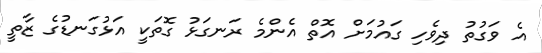
އެ ވަގުތު ދިވެހި ގައުމަށް އޮތް އެންމެ ރަނގަޅު ގޮތަކީ އަޅުގަނޑުގެ ޒާތީ